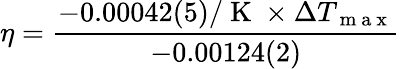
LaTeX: \eta=\frac{-0.00042(5)/\mathrm{~K~}\times\Delta T_{\mathrm{~m~a~x~}}}{-0.00124(2)}